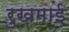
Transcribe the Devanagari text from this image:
रुखमाई